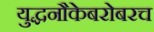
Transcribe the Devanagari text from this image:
युद्धनौकेबरोबरच